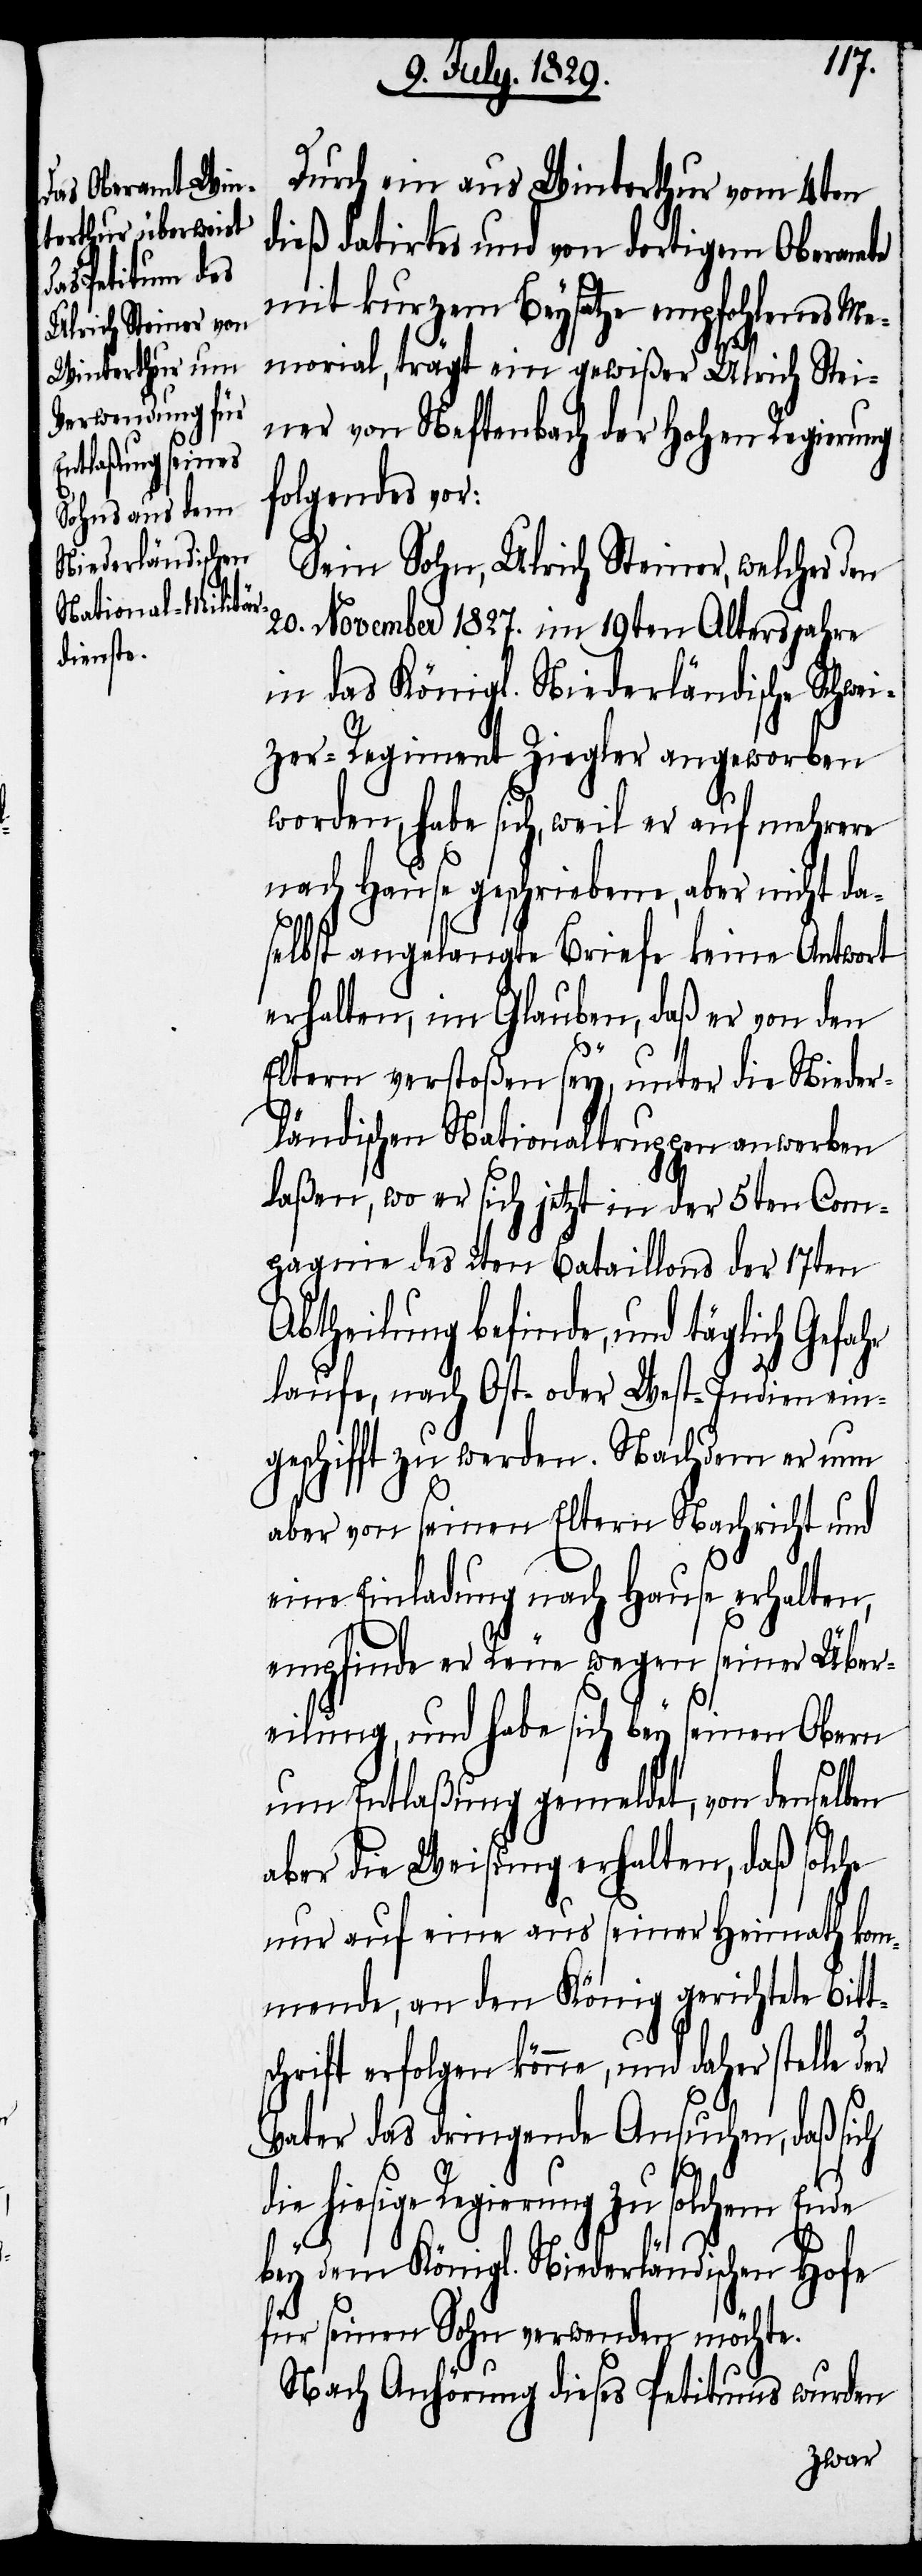
Durch ein aus Winterthur vom 4ten
dieß datirtes und von dortigem Oberamte
mit kurzem Beysatze empfohlenes Me¬
morial, trägt ein gewißer Ulrich Stei¬
ner von Neftenbach der Hohen Regierung
folgendes vor:
Sein Sohn, Ulrich Steiner, welcher den
20. November 1827. im 19ten Altersjahre
in das Königl. Niederländische Schwei¬
zer-Regiment Ziegler angeworben
worden, habe sich, weil er auf mehrere
nach Hause geschriebene, aber nicht da¬
selbst angelangte Briefe keine Antwort
erhalten, im Glauben, daß er von den
Eltern verstoßen sey, unter die Nieder¬
ländische Nationaltruppen anwerben
laßen, wo er sich jetzt in der 5ten Com¬
pagnie des 2ten Bataillons der 17ten
Abtheilung befinde, und täglich
laufe, nach Ost- oder West-Indien ein¬
geschifft zu werden. Nachdem er nun
aber von seinen Eltern Nachricht und
eine Einladung nach Hause erhalten,
empfinde er Reue wegen seiner Über¬
eilung, und habe sich bey seinen Obern
um Entlaßung gemeldet, von denselben
aber die Weisung erhalten, daß solche
nur auf eine aus seiner Heimath kom¬
mende, an den König gerichtete Bitt¬
schrift erfolgen könne, und daher stelle
Vater das dringende Ansuchen, daß sich
hiesige Regierung zu solchem
bey dem Königl. Niederländischen Hofe
für seinen Sohn verwenden möchte.
Nach Anhörung dieses Petitums wurden